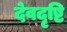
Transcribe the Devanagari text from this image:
देवदृष्टि